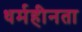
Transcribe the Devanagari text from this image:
धर्महीनता